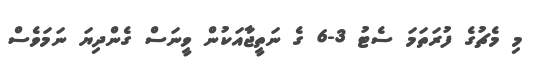
މި މެޗުގެ ފުރަތަމަ ސެޓު 3-6 ގެ ނަތީޖާއަކުން ވީނަސް ގެންދިޔަ ނަމަވެސް